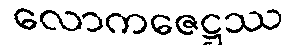
လောကဇေဋ္ဌဿ